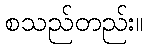
စသည်တည်း။